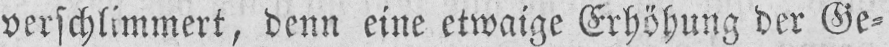
verschlimmert, denn eine etwaige Erhöhung der Ge⸗